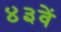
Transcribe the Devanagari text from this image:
४३वें